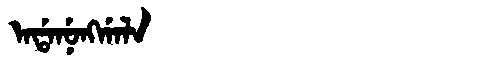
Manchu: ᠠᡩᠠᠨᡠᠩᡤᠠᠯᠠ
Romanization: ADANUNGGALA